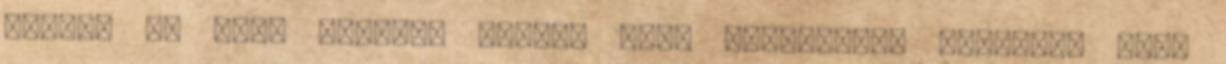
élmény az írás Irodai, főnöki vagy menedzser? Mindegy, csak